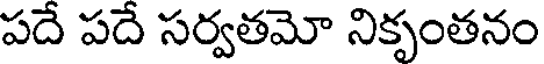
పదే పదే సర్వతమో నికృంతనం